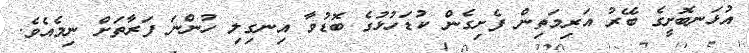
އުޅަނބޮށީގެ ބޭރު އަރިމަތިން ފެށިގެން ކުޑަހުޅުގެ ބޮޑުވާ އިނގިލި ހުންނަ ފަރާތަށް ނިމެއެވެ.